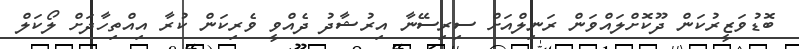
ބޮޑުވަޒީރުކަން ދޫކޮށްލައްވަން ރަނިލްއަށް ސިރިސޭނާ އިރުޝާދު ދެއްވީ ވެރިކަން ކުރާ އިއްތިހާދަށް ލޯކަލް